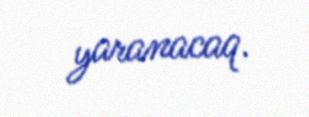
yaranacaq.